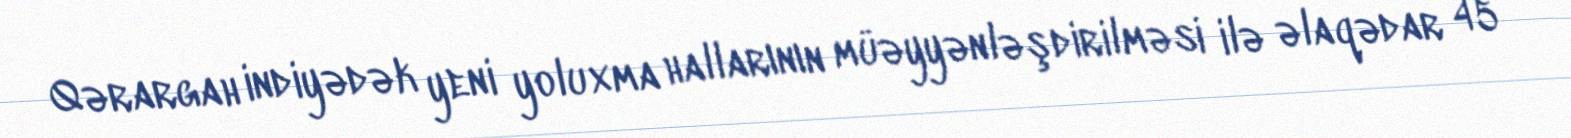
Qərargah indiyədək yeni yoluxma hallarının müəyyənləşdirilməsi ilə əlaqədar 45